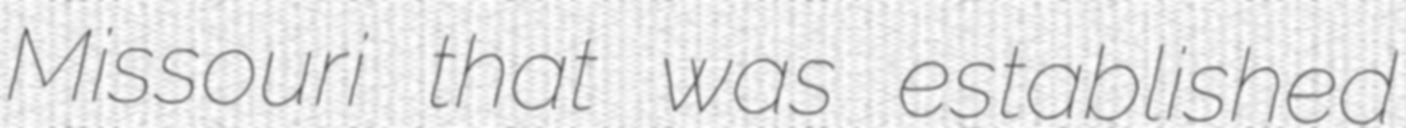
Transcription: Missouri that was established